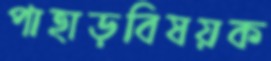
পাহাড়বিষয়ক